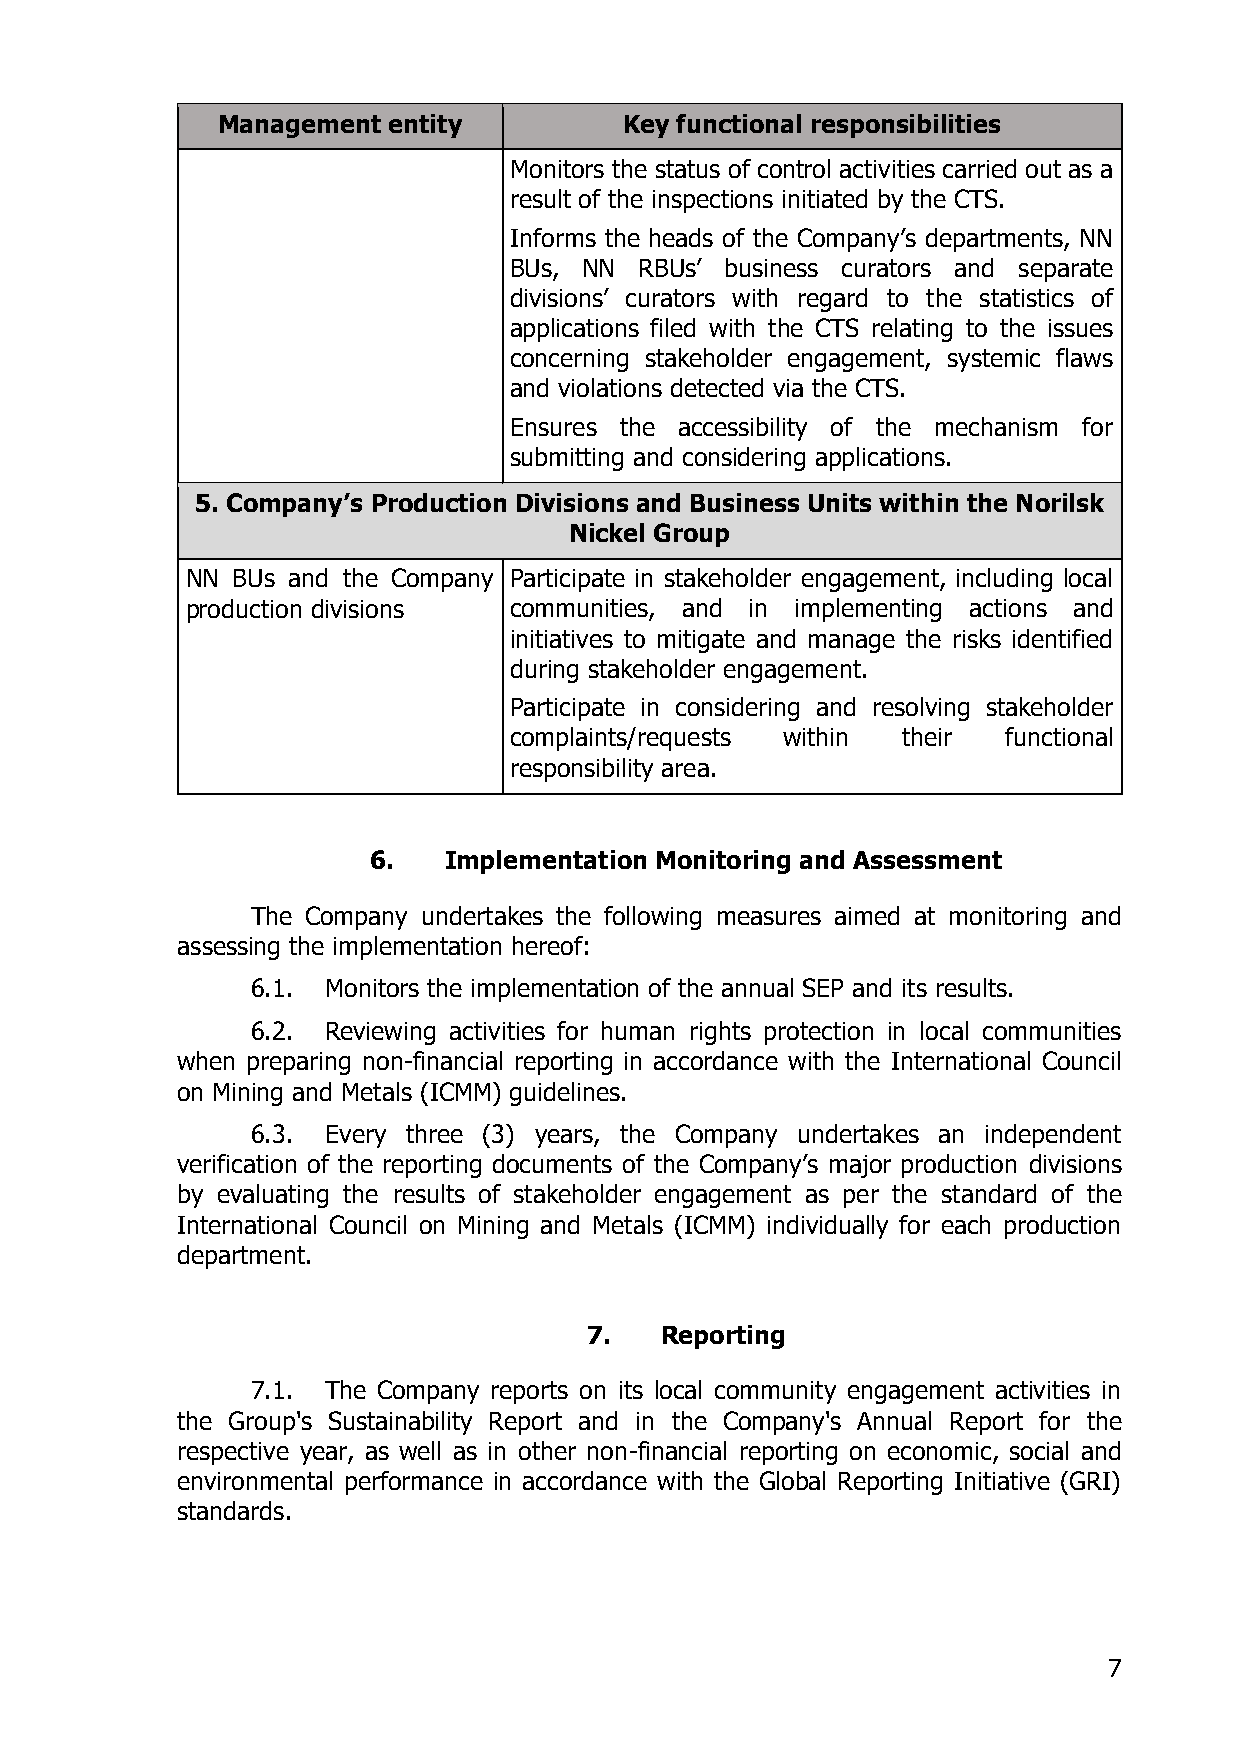
Management  entity         Key functional responsibilities
 Monitors the status of control activities carried out as a
 result of the inspections initiated by the CTS.
 Informs the heads of the Company’s departments, NN
 BUs, NN RBUs’ business curators and separate
 divisions’ curators with regard to the statistics of
 applications filed with the CTS relating to the issues
 concerning stakeholder engagement, systemic flaws
 and violations detected via the CTS.
 Ensures the accessibility of the mechanism for
 submitting and considering applications.
 5. Company’s Production Divisions and Business Units within the Norilsk
 Nickel Group
 NN BUs and the Company Participate in stakeholder engagement, including local
 production divisions  communities, and in implementing actions and
 initiatives to mitigate and manage the risks identified
 during stakeholder engagement.
 Participate in considering and resolving stakeholder
 complaints/requests within their functional
 responsibility area.
 6.   Implementation Monitoring and Assessment
 The Company undertakes the following measures aimed at monitoring and
 assessing the implementation hereof:
 6.1. Monitors the implementation of the annual SEP and its results.
 6.2. Reviewing activities for human rights protection in local communities
 when preparing non-financial reporting in accordance with the International Council
 on Mining and Metals (ICMM) guidelines.
 6.3. Every three (3) years, the Company undertakes an independent
 verification of the reporting documents of the Company’s major production divisions
 by evaluating the results of stakeholder engagement as per the standard of the
 International Council on Mining and Metals (ICMM) individually for each production
 department.
 7.   Reporting
 7.1. The Company reports on its local community engagement activities in
 the Group's Sustainability Report and in the Company's Annual Report for the
 respective year, as well as in other non-financial reporting on economic, social and
 environmental performance in accordance with the Global Reporting Initiative (GRI)
 standards.
 7